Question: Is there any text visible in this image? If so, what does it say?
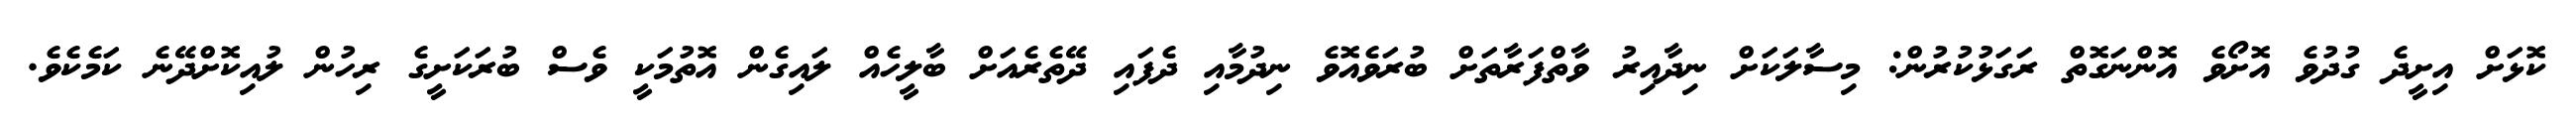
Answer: ކޮޅަށް އިށީދެ ގުދުވެ އޮށޯވެ އޮންނަގޮތް ރަގަޅުކުރުން: މިސާލަކަށް ނިދާއިރު ވާތްފަރާތަށް ބުރަވެއޮވެ ނިދުމާއި ދެފައި ދޭތެރެއަށް ބާލީހެއް ލައިގެން އޮތުމަކީ ވެސް ބުރަކަށީގެ ރިހުން ލުއިކޮށްދޭނެ ކަމެކެވެ.